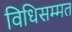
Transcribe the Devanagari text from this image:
विधिसम्‍मत